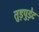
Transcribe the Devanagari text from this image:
तुड़पुड़ेट